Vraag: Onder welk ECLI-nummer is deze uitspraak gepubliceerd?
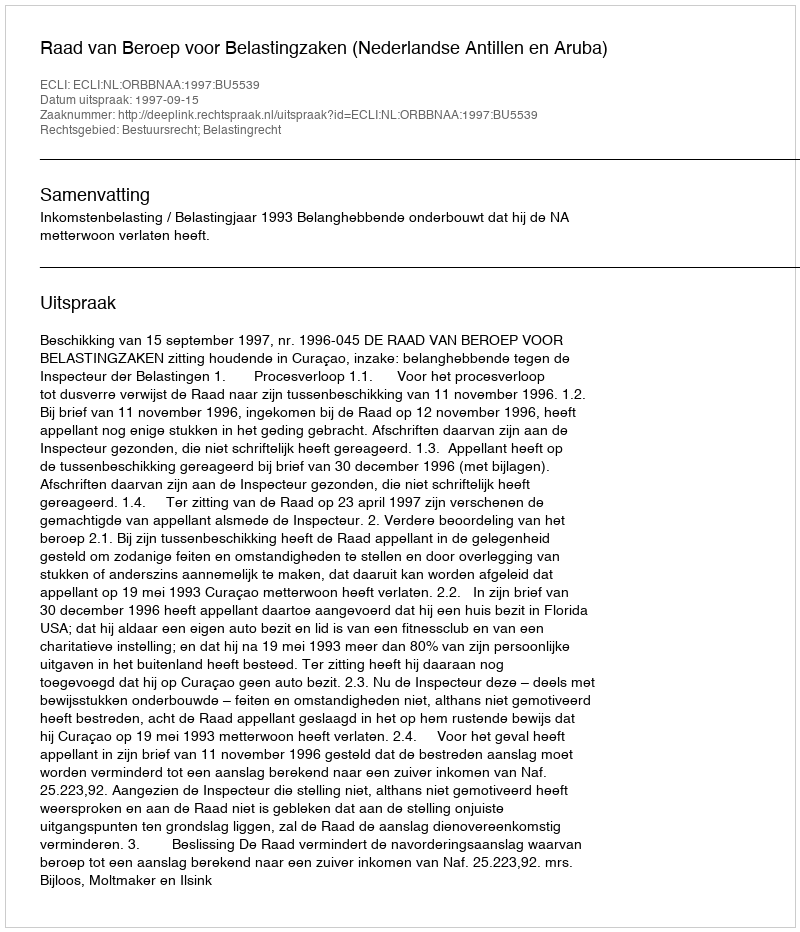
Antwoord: ECLI:NL:ORBBNAA:1997:BU5539